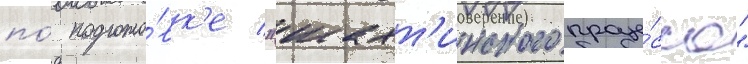
по́ подгото́вк'е "шахт'инского проце́сса"